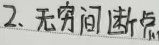
2. 无穷间断点